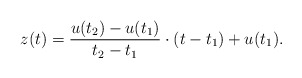
\begin{align*}z(t) = \frac{u(t_2) - u(t_1)}{t_2 - t_1}\cdot (t-t_1) + u(t_1).\end{align*}